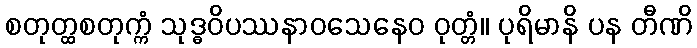
စတုတ္ထစတုက္ကံ သုဒ္ဓဝိပဿနာဝသေနေဝ ဝုတ္တံ။ ပုရိမာနိ ပန တီဏိ